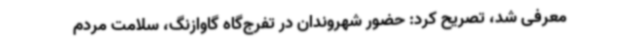
معرفی شد، تصریح کرد: حضور شهروندان در تفرج‌گاه گاوازنگ، سلامت مردم